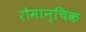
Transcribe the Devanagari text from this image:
रोमान्चिक